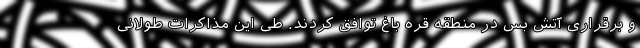
و برقراری آتش بس در منطقه قره باغ توافق کردند. طی این مذاکرات طولانی